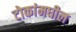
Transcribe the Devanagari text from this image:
टोकांमधील